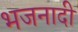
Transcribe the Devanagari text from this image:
भजनादी